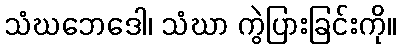
သံဃဘေဒေါ၊ သံဃာ ကွဲပြားခြင်းကို။